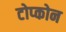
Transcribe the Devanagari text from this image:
टोप्कोन